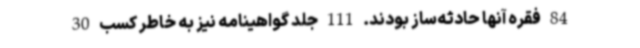
84 فقره آنها حادثه‌ساز بودند. 111 جلد گواهینامه نیز به خاطر کسب 30